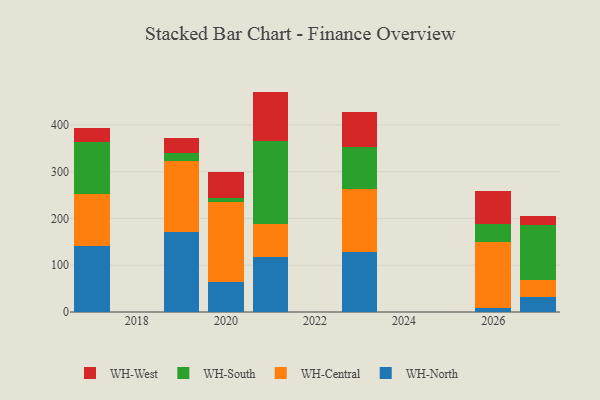
{"axis": {"x": "Year", "y": "LTV (USD)"}, "legend": ["WH-Central", "WH-North", "WH-South", "WH-West"], "data": [{"x": "2019", "y": 171.7, "type": "WH-North"}, {"x": "2019", "y": 151.5, "type": "WH-Central"}, {"x": "2019", "y": 17.0, "type": "WH-South"}, {"x": "2019", "y": 32.6, "type": "WH-West"}, {"x": "2027", "y": 31.5, "type": "WH-North"}, {"x": "2027", "y": 37.6, "type": "WH-Central"}, {"x": "2027", "y": 116.9, "type": "WH-South"}, {"x": "2027", "y": 20.2, "type": "WH-West"}, {"x": "2023", "y": 127.6, "type": "WH-North"}, {"x": "2023", "y": 135.4, "type": "WH-Central"}, {"x": "2023", "y": 90.6, "type": "WH-South"}, {"x": "2023", "y": 74.3, "type": "WH-West"}, {"x": "2020", "y": 64.1, "type": "WH-North"}, {"x": "2020", "y": 171.5, "type": "WH-Central"}, {"x": "2020", "y": 7.5, "type": "WH-South"}, {"x": "2020", "y": 57.0, "type": "WH-West"}, {"x": "2021", "y": 118.1, "type": "WH-North"}, {"x": "2021", "y": 70.4, "type": "WH-Central"}, {"x": "2021", "y": 177.2, "type": "WH-South"}, {"x": "2021", "y": 105.7, "type": "WH-West"}, {"x": "2017", "y": 141.2, "type": "WH-North"}, {"x": "2017", "y": 110.4, "type": "WH-Central"}, {"x": "2017", "y": 112.7, "type": "WH-South"}, {"x": "2017", "y": 30.1, "type": "WH-West"}, {"x": "2026", "y": 9.4, "type": "WH-North"}, {"x": "2026", "y": 140.3, "type": "WH-Central"}, {"x": "2026", "y": 39.5, "type": "WH-South"}, {"x": "2026", "y": 68.9, "type": "WH-West"}]}